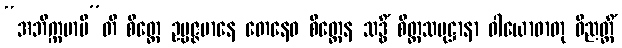
“အဘိက္ကမာမီ”တိ စိတ္တေ ဥပ္ပဇ္ဇမာနေ တေနေဝ စိတ္တေန သဒ္ဓိံ စိတ္တသမုဋ္ဌာနာ ဝါယောဓာတု ဝိညတ္တိံ